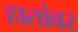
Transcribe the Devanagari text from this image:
हातांवर